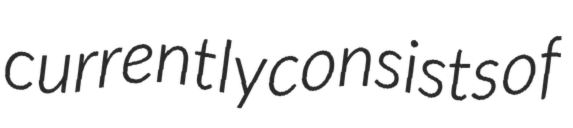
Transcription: currently consists of